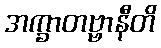
အက္ခာတဗ္ဗာနီတိ